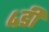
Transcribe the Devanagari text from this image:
४डी